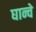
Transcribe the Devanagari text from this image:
घान्चे